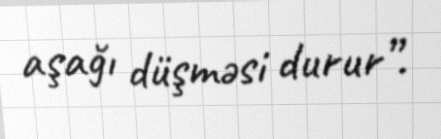
aşağı düşməsi durur”.